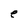
Character: e